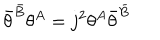
\bar { \theta } ^ { \bar { B } } \theta ^ { A } = j ^ { 2 } \theta ^ { A } \bar { \theta } ^ { \bar { B } }